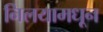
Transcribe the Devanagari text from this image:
निलयामधून